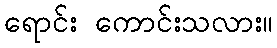
ရောင်း ကောင်းသလား။